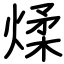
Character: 煣